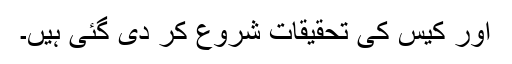
اور کیس کی تحقیقات شروع کر دی گئی ہیں۔